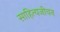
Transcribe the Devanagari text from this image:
साहित्यजीवन